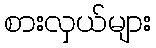
စားလှယ်များ